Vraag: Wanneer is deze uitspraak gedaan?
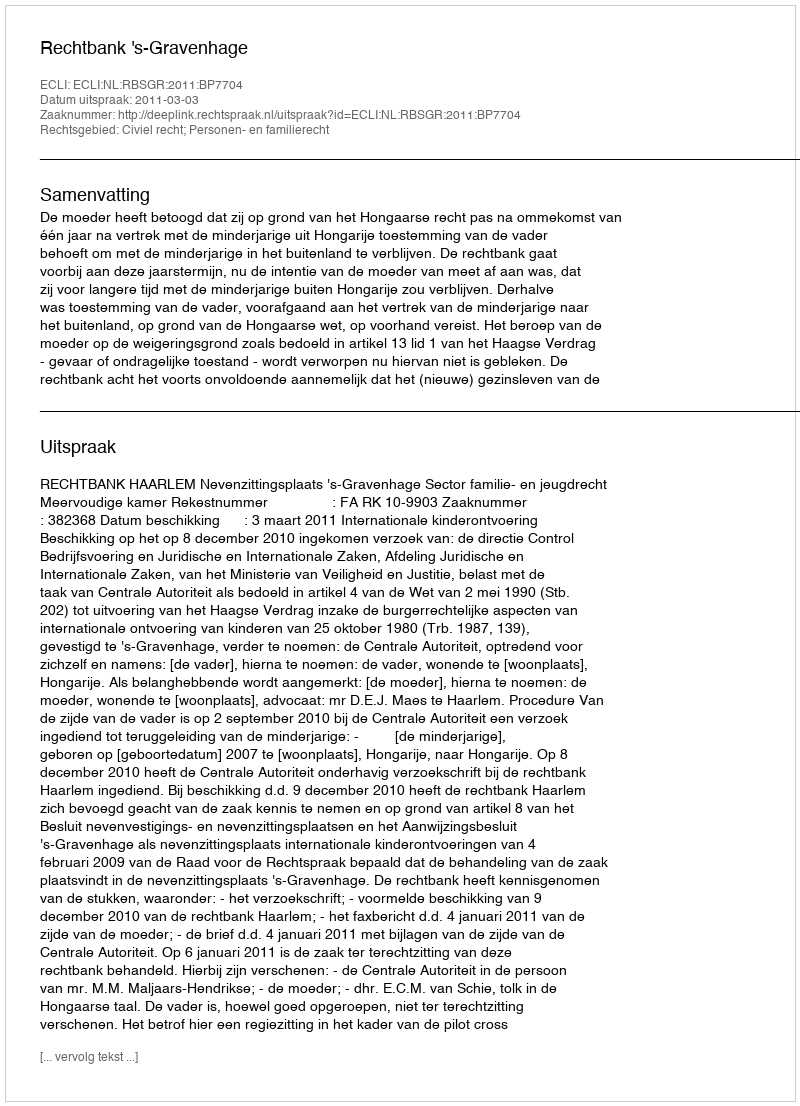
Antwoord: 2011-03-03